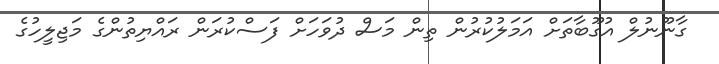
ގާނޫނުލް އުގޫބާތަށް އަމަލުކުރުން ތިން މަސް ދުވަހަށް ފަސްކުރަން ރައްޔިތުންގެ މަޖިލީހުގެ